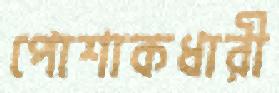
পোশাকধারী